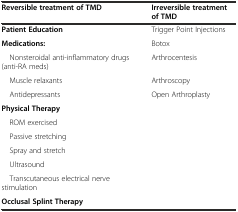
| Reversible treatment of TMD | Irreversible treatment of TMD |
 | --- | --- |
 | Patient Education | Trigger Point Injections |
 | Medications: | Botox |
 | Nonsteroidal anti-inflammatory drugs (anti-RA meds) | Arthrocentesis |
 | Muscle relaxants | Arthroscopy |
 | Antidepressants | Open Arthroplasty |
 | Physical Therapy |  |
 | ROM exercised |  |
 | Passive stretching |  |
 | Spray and stretch |  |
 | Ultrasound |  |
 | Transcutaneous electrical nerve stimulation |  |
 | Occlusal Splint Therapy |  |